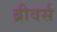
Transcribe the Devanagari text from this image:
ब्रीवर्स